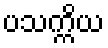
ပသက္ကိယ